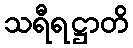
သရီရဋ္ဌာတိ